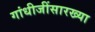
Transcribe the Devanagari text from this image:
गांधीजींसारख्या